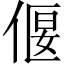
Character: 偃